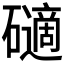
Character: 𥖾